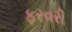
ફરવરી